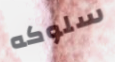
سلوكه